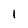
Character: 1